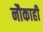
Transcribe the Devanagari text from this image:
नौकाही